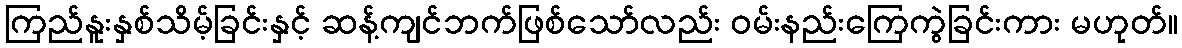
ကြည်နူးနှစ်သိမ့်ခြင်းနှင့် ဆန့်ကျင်ဘက်ဖြစ်သော်လည်း ဝမ်းနည်းကြေကွဲခြင်းကား မဟုတ်။